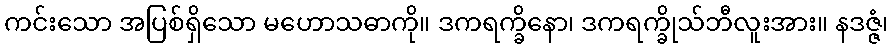
ကင်းသော အပြစ်ရှိသော မဟောသဓာကို။ ဒကရက္ခိနော၊ ဒကရက္ခိုသ်ဘီလူးအား။ နဒဇ္ဇံ၊